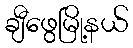
ချီဖွေမြို့နယ်